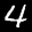
Label: 4